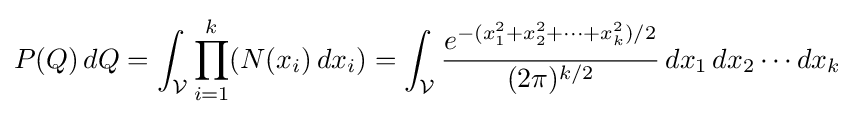
P(Q)\,dQ=\int _{\mathcal {V}}\prod _{i=1}^{k}(N(x_{i})\,dx_{i})=\int _{\mathcal {V}}{\frac {e^{-(x_{1}^{2}+x_{2}^{2}+\cdots +x_{k}^{2})/2}}{(2\pi )^{k/2}}}\,dx_{1}\,dx_{2}\cdots dx_{k}